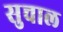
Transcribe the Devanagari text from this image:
सुचाल